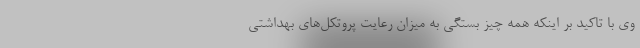
وی با تاکید بر اینکه همه چیز بستگی به میزان رعایت پروتکل‌های بهداشتی